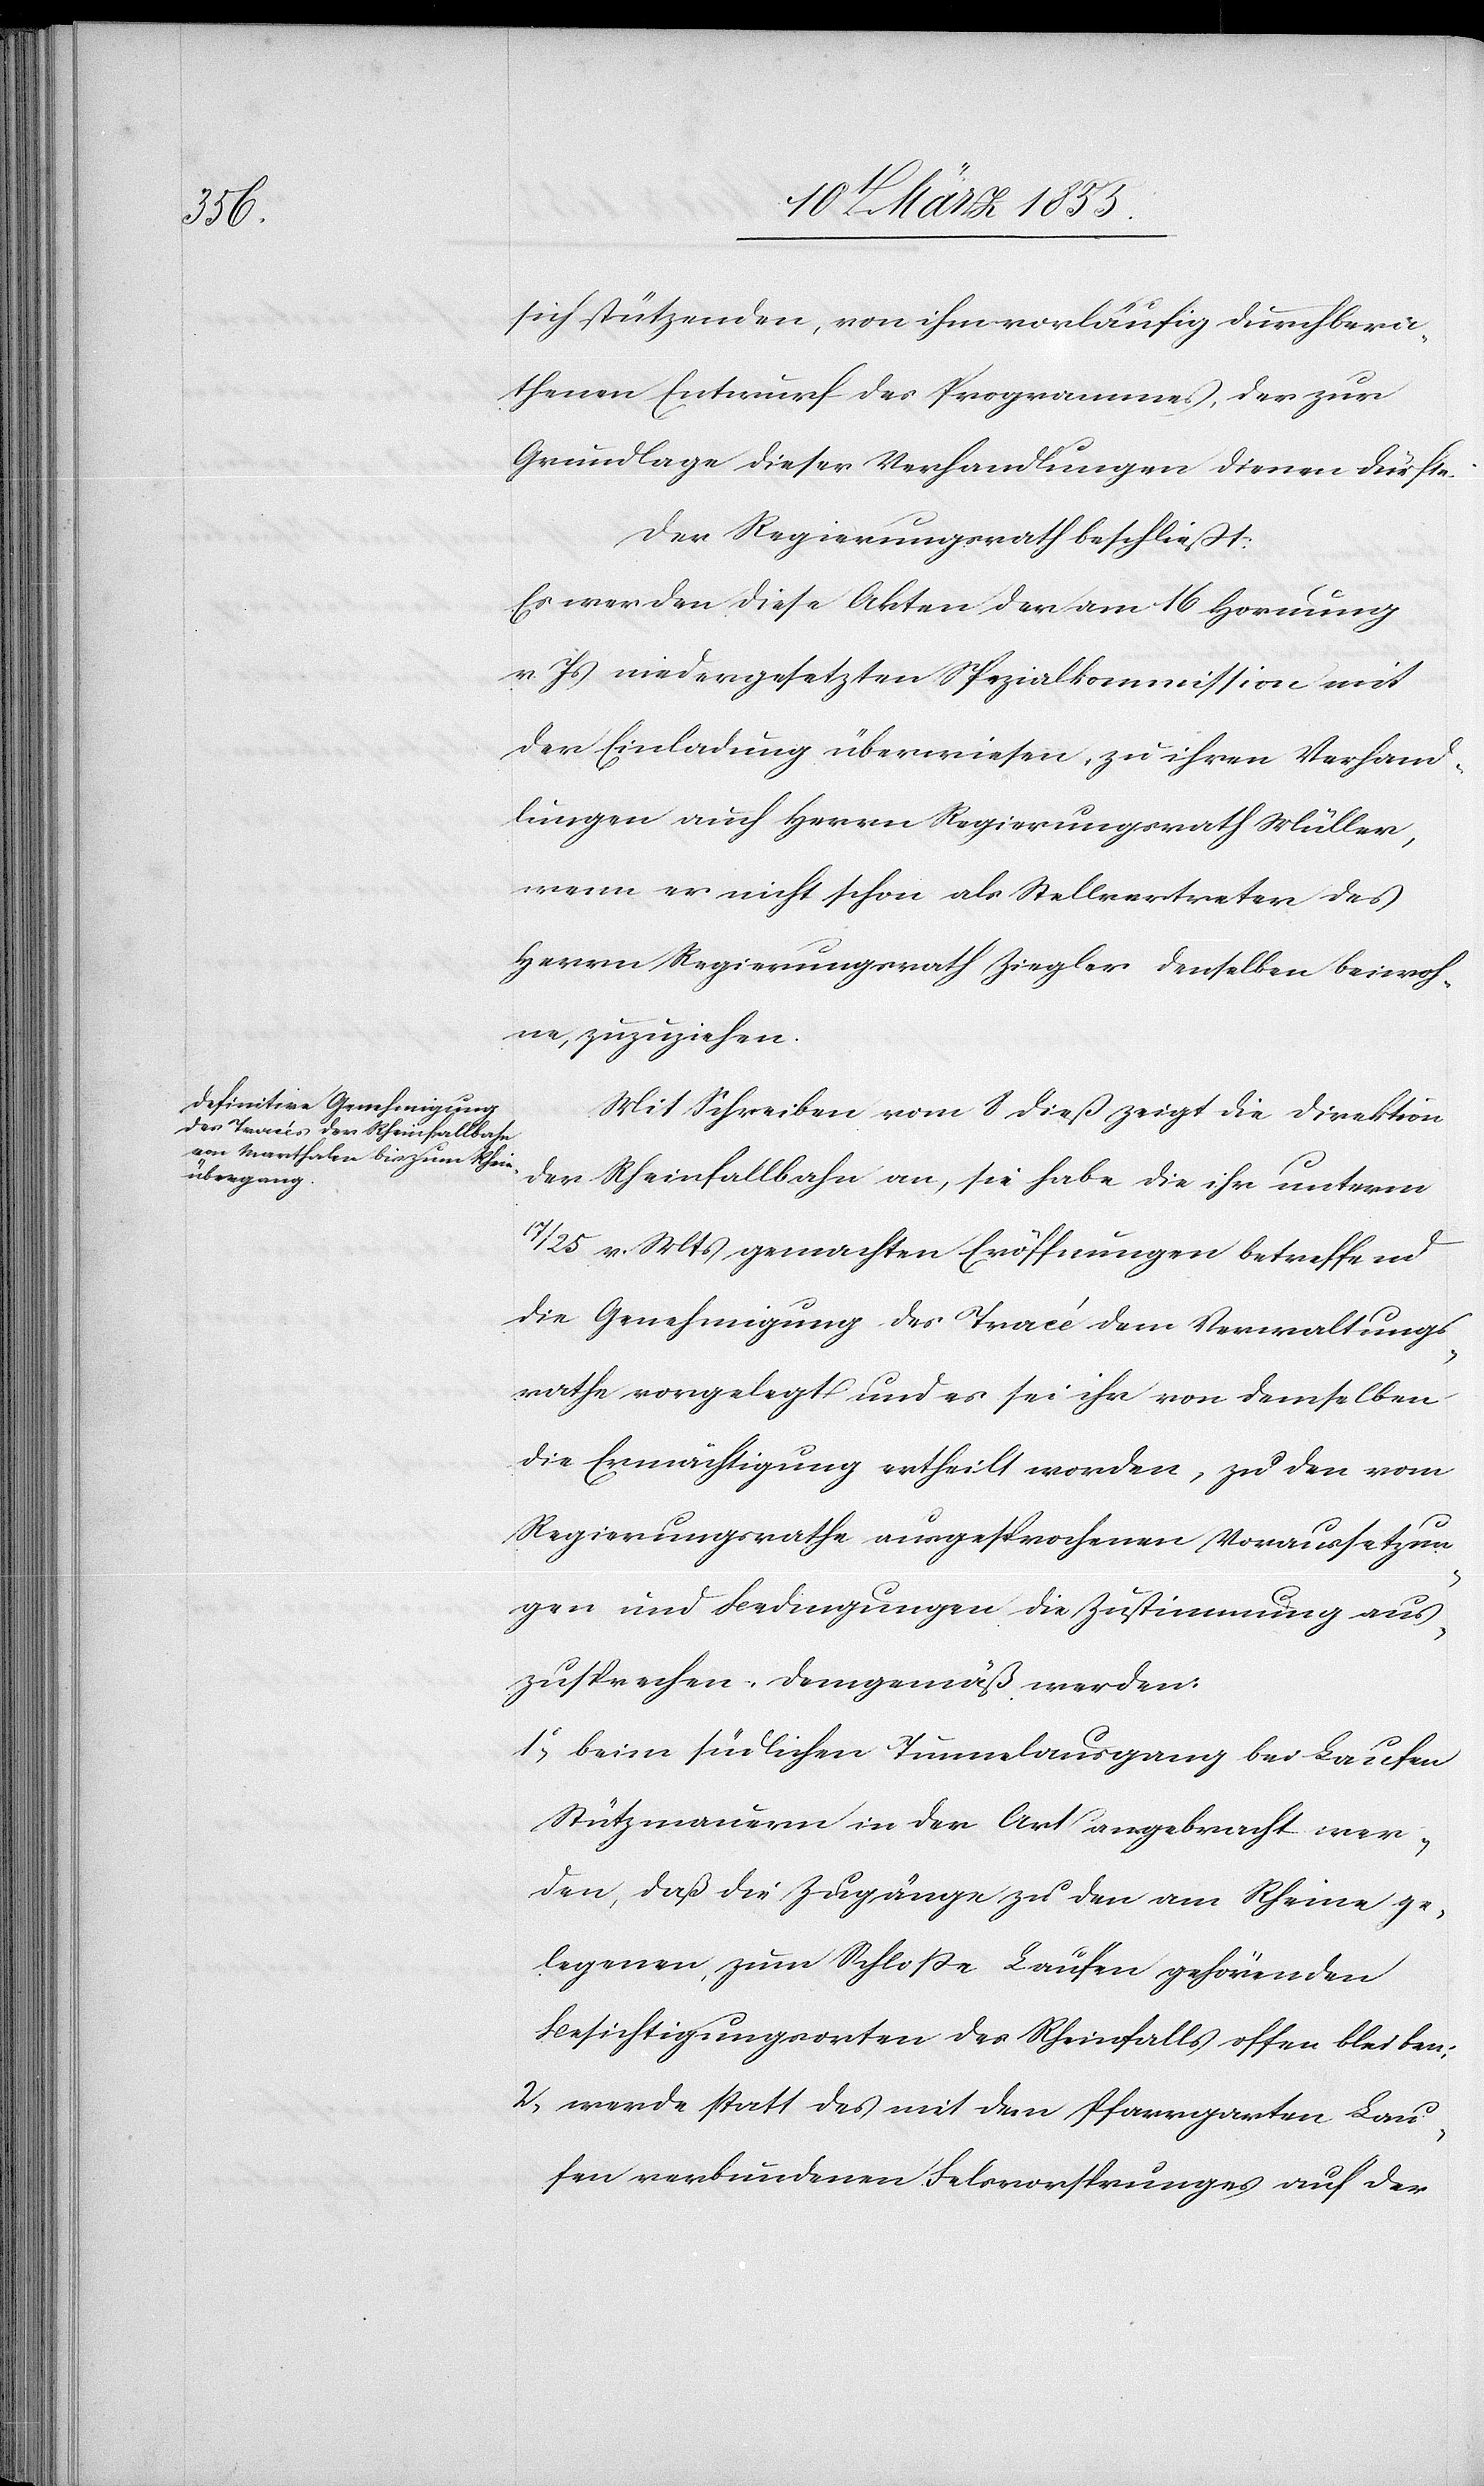
sich stützenden, von ihm vorläufig durchbera¬
thenen Entwurf des Programmes, der zur
Grundlage dieser Verhandlungen dienen dürfte.
Der Regierungsrath beschließt:
Es werden diese Akten der am 16 Hornung
v. Js niedergesetzten Spezialkommission mit
der Einladung überwiesen, zu ihren Verhand¬
lungen auch Herrn Regierungsrath Müller,
wenn er nicht schon als Stellvertreter des
Herrn Regierungsrath Ziegler denselben beiwoh¬
ne, zuzuziehen.
Mit Schreiben vom 8 dieß zeigt die Direktion
der Rheinfallbahn an, sie habe die ihr unterm
25 v. Mts gemachten Eröffnungen betreffend
die Genehmigung des Tracé dem Verwaltungs¬
rathe vorgelegt und es sei ihr von demselben
die Ermächtigung ertheilt worden, zu den vom
Regierungsrathe ausgesprochenen Voraussetzun¬
gen und Bedingungen die Zustimmung aus¬
zusprechen. Demgemäß werden:
beim südlichen Tunnelausgang bei Laufen
Stützmauern in der Art angebracht wer¬
den, daß die Zugänge zu den am Rheine ge¬
legenen, zum Schloße Laufen gehörenden
Besichtigungsorten des Rheinfalls offen bleiben;
werde statt des mit dem Pfarrgarten Lau¬
fen verbundenen Felsvorsprunges auf der